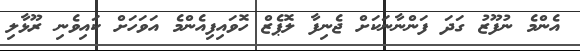
އެންމެ ނުފޫޒު ގަދަ ފަންނާނަކަށް ޖެނިފާ ލޮޕެޒް ހޮވައިފިއެންމެ އަވަހަށް ކައިވެނި ރޫޅާލި